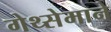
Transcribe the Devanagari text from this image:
गेथ्सेमाने